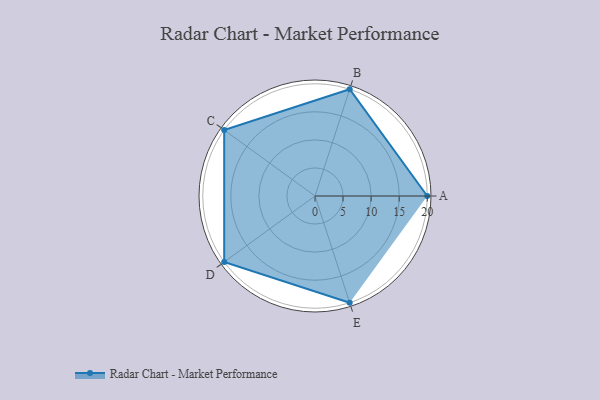
{"axis": {"x": "Skill", "y": "Score"}, "legend": ["Profile"], "data": [{"x": "A", "y": 20, "type": "Profile"}, {"x": "B", "y": 20, "type": "Profile"}, {"x": "C", "y": 20, "type": "Profile"}, {"x": "D", "y": 20, "type": "Profile"}, {"x": "E", "y": 20, "type": "Profile"}]}